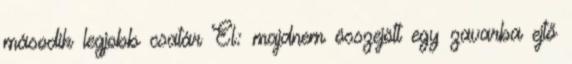
második legjobb csatár El: majdnem összejött egy zavarba ejtő